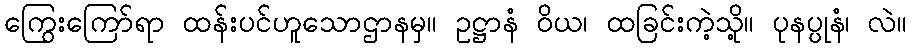
ကြွေးကြော်ရာ ထန်းပင်ဟူသောဌာနမှ။ ဥဋ္ဌာနံ ဝိယ၊ ထခြင်းကဲ့သို့။ ပုနပ္ပုနံ၊ လဲ။